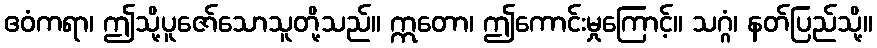
ဧဝံကရာ၊ ဤသို့ပူဇော်သောသူတို့သည်။ ဣတော၊ ဤကောင်းမှုကြောင့်။ သဂ္ဂံ၊ နတ်ပြည်သို့။